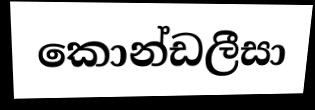
කොන්ඩලීසා